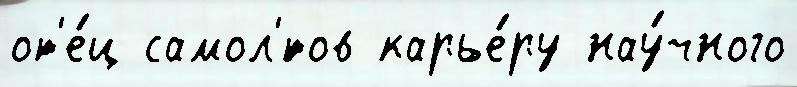
от'е́ц самол'́тов карье́ру нау́чного